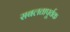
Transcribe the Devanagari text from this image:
सबलतापूर्वक